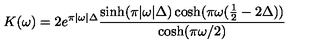
K ( \omega ) = 2 e ^ { \pi | \omega | \Delta } \frac { \sinh ( \pi | \omega | \Delta ) \cosh ( \pi \omega ( \frac { 1 } { 2 } - 2 \Delta ) ) } { \cosh ( \pi \omega / 2 ) }